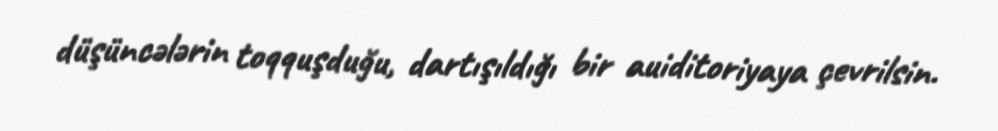
düşüncələrin toqquşduğu, dartışıldığı bir auiditoriyaya çevrilsin.